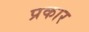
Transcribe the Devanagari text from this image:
प्रकार